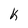
Character: k